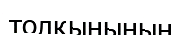
толқынының